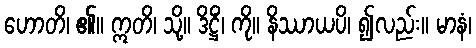
ဟောတိ၊ ၏။ ဣတိ၊ သို့။ ဒိဋ္ဌိံ၊ ကို။ နိဿာယပိ၊ ၍လည်း။ မာနံ၊